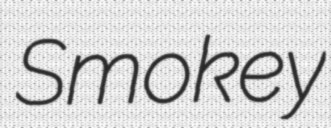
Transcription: Smokey